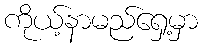
ကိုယ့်နာမည်ရှေ့မှာ